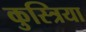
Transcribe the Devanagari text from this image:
कुस्त्रिया